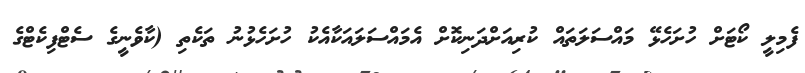
ފެމިލީ ކޯޓަށް ހުށަހެޅޭ މައްސަލަތައް ކުރިއަށްދަނިކޮށް އެމައްސަލައަކާއެކު ހުށަހެޅުނު ތަކެތި (ކާވެނީގެ ސެޓްފިކެޓްގެ